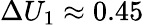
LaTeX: \Delta U_{1}\approx 0.45